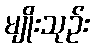
မျိုးသုဉ်း